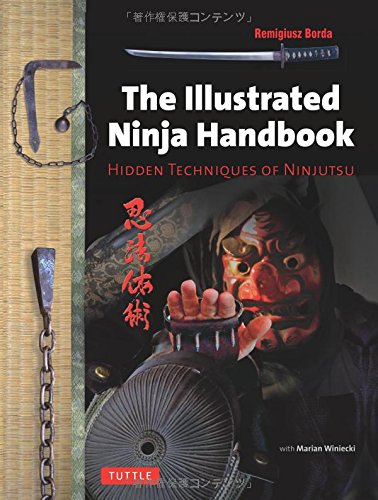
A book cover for The Illustrated Ninja Handbook: Hidden Techniques of Ninjutsu; Remigiusz Borda; History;